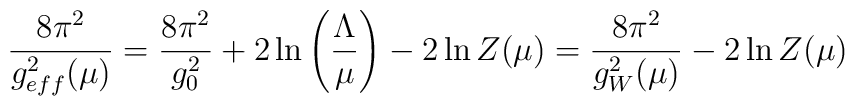
\frac {8 \pi ^{2}}{g_{eff}^{2}(\mu)} =\frac { 8 \pi ^{2}}{g_{0}^{2}} + 2 \ln \left( \frac {\Lambda}{\mu} \right) -2 \ln Z(\mu) =\frac {8 \pi^{2}}{g_{W}^{2}(\mu)} - 2 \ln Z(\mu)